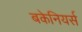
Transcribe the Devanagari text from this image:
बकेनियर्स